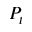
P _ { t }